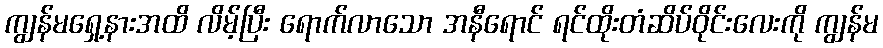
ကျွန်မရှေ့နားအထိ လိမ့်ပြီး ရောက်လာသော အနီရောင် ရင်ထိုးတံဆိပ်ဝိုင်းလေးကို ကျွန်မ